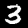
Digit: 3